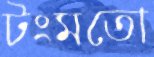
টংমতো